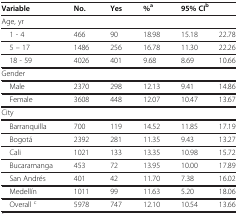
<table><thead><tr><td><b>Variable</b></td><td><b>No.</b></td><td><b>Yes</b></td><td><b>%<sup>a</sup></b></td><td colspan="2"><b>95% CI<sup>b</sup></b></td></tr></thead><tbody><tr><td>Age, yr</td><td> </td><td> </td><td> </td><td> </td><td> </td></tr><tr><td>1 - 4</td><td>466</td><td>90</td><td>18.98</td><td>15.18</td><td>22.78</td></tr><tr><td>5 – 17</td><td>1486</td><td>256</td><td>16.78</td><td>11.30</td><td>22.26</td></tr><tr><td>18 - 59</td><td>4026</td><td>401</td><td>9.68</td><td>8.69</td><td>10.66</td></tr><tr><td>Gender</td><td> </td><td> </td><td> </td><td> </td><td> </td></tr><tr><td>Male</td><td>2370</td><td>298</td><td>12.13</td><td>9.41</td><td>14.86</td></tr><tr><td>Female</td><td>3608</td><td>448</td><td>12.07</td><td>10.47</td><td>13.67</td></tr><tr><td>City</td><td> </td><td> </td><td> </td><td> </td><td> </td></tr><tr><td>Barranquilla</td><td>700</td><td>119</td><td>14.52</td><td>11.85</td><td>17.19</td></tr><tr><td>Bogotá</td><td>2392</td><td>281</td><td>11.35</td><td>9.43</td><td>13.27</td></tr><tr><td>Cali</td><td>1021</td><td>133</td><td>13.35</td><td>10.98</td><td>15.72</td></tr><tr><td>Bucaramanga</td><td>453</td><td>72</td><td>13.95</td><td>10.00</td><td>17.89</td></tr><tr><td>San Andrés</td><td>401</td><td>42</td><td>11.70</td><td>7.38</td><td>16.02</td></tr><tr><td>Medellín</td><td>1011</td><td>99</td><td>11.63</td><td>5.20</td><td>18.06</td></tr><tr><td>Overall <sup>c</sup></td><td>5978</td><td>747</td><td>12.10</td><td>10.54</td><td>13.66</td></tr></tbody></table>